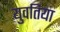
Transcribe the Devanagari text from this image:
युवतिया